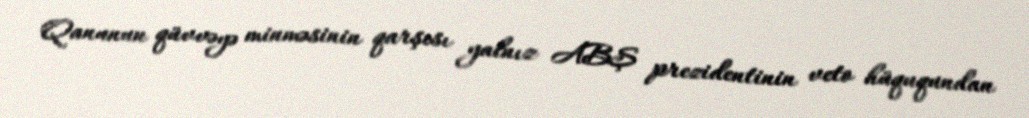
Qanunun qüvvəyə minməsinin qarşısı yalnız ABŞ prezidentinin veto hüququndan